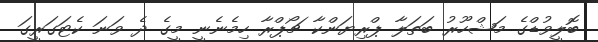
ބޮލީވުޑްގެ މަޝްހޫރު ބަތަލާ ޕްރިޔަންކާ ޗޯޕްރާ ހިމެނެނީ މީގެ ދެ ވަނަ ކެޓަގަރީގަ